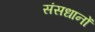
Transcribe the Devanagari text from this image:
संसधानों